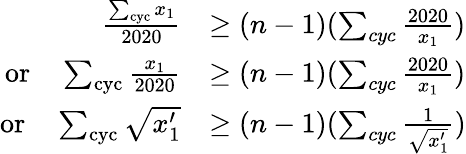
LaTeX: \begin{array}{rl}{\frac{\sum_{\mathrm{cyc}}x_{1}}{2020}}&{\geq(n-1)(\sum_{cyc}\frac{2020}{x_{1}})}\\ {\mathrm{or}\quad\sum_{\mathrm{cyc}}\frac{x_{1}}{2020}}&{\geq(n-1)(\sum_{cyc}\frac{2020}{x_{1}})}\\ {\mathrm{or}\quad\sum_{\mathrm{cyc}}\sqrt{x_{1}^{\prime}}}&{\geq(n-1)(\sum_{cyc}\frac{1}{\sqrt{x_{1}^{\prime}}})}\end{array}